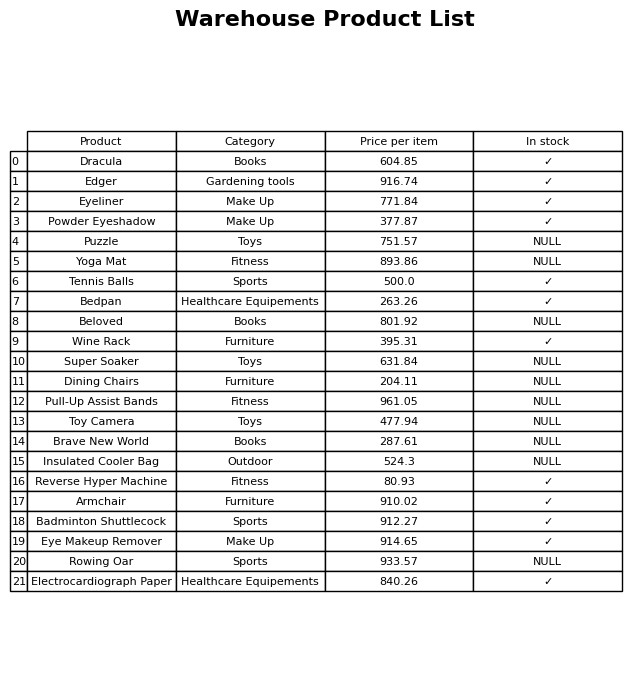
question: What is the stock status of the Dining Chairs?
answer: NULL